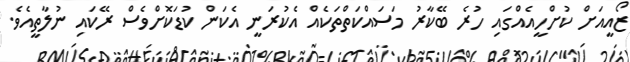
ޒޯއީއަށް ކުށްހީއެއްގައި ހުރެ ބޭކާރު މަސައްކަތްތަކެއް އެކުރަނީ އެކަން ކުޑަކޮށްވެސް ރޭކައި ނުލާތީއެވެ.